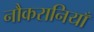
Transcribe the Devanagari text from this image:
नौकरानियाँ